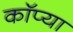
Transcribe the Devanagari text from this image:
कॉप्या